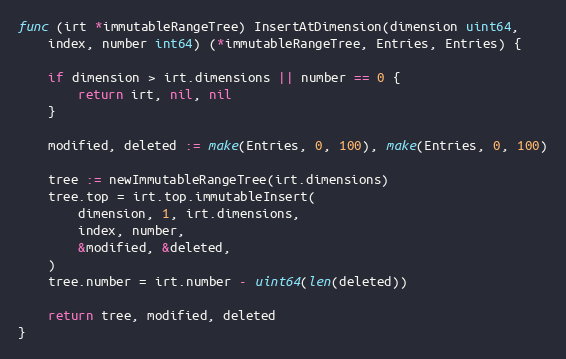
Language: Go
func (irt *immutableRangeTree) InsertAtDimension(dimension uint64,
	index, number int64) (*immutableRangeTree, Entries, Entries) {

	if dimension > irt.dimensions || number == 0 {
		return irt, nil, nil
	}

	modified, deleted := make(Entries, 0, 100), make(Entries, 0, 100)

	tree := newImmutableRangeTree(irt.dimensions)
	tree.top = irt.top.immutableInsert(
		dimension, 1, irt.dimensions,
		index, number,
		&modified, &deleted,
	)
	tree.number = irt.number - uint64(len(deleted))

	return tree, modified, deleted
}